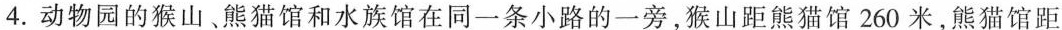
4.动物园的猴山、熊猫馆和水族馆在同一条小路的一旁，猴山距熊猫馆260米，熊猫馆距